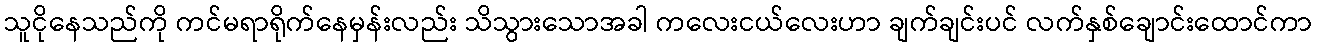
သူငိုနေသည်ကို ကင်မရာရိုက်နေမှန်းလည်း သိသွားသောအခါ ကလေးငယ်လေးဟာ ချက်ချင်းပင် လက်နှစ်ချောင်းထောင်ကာ